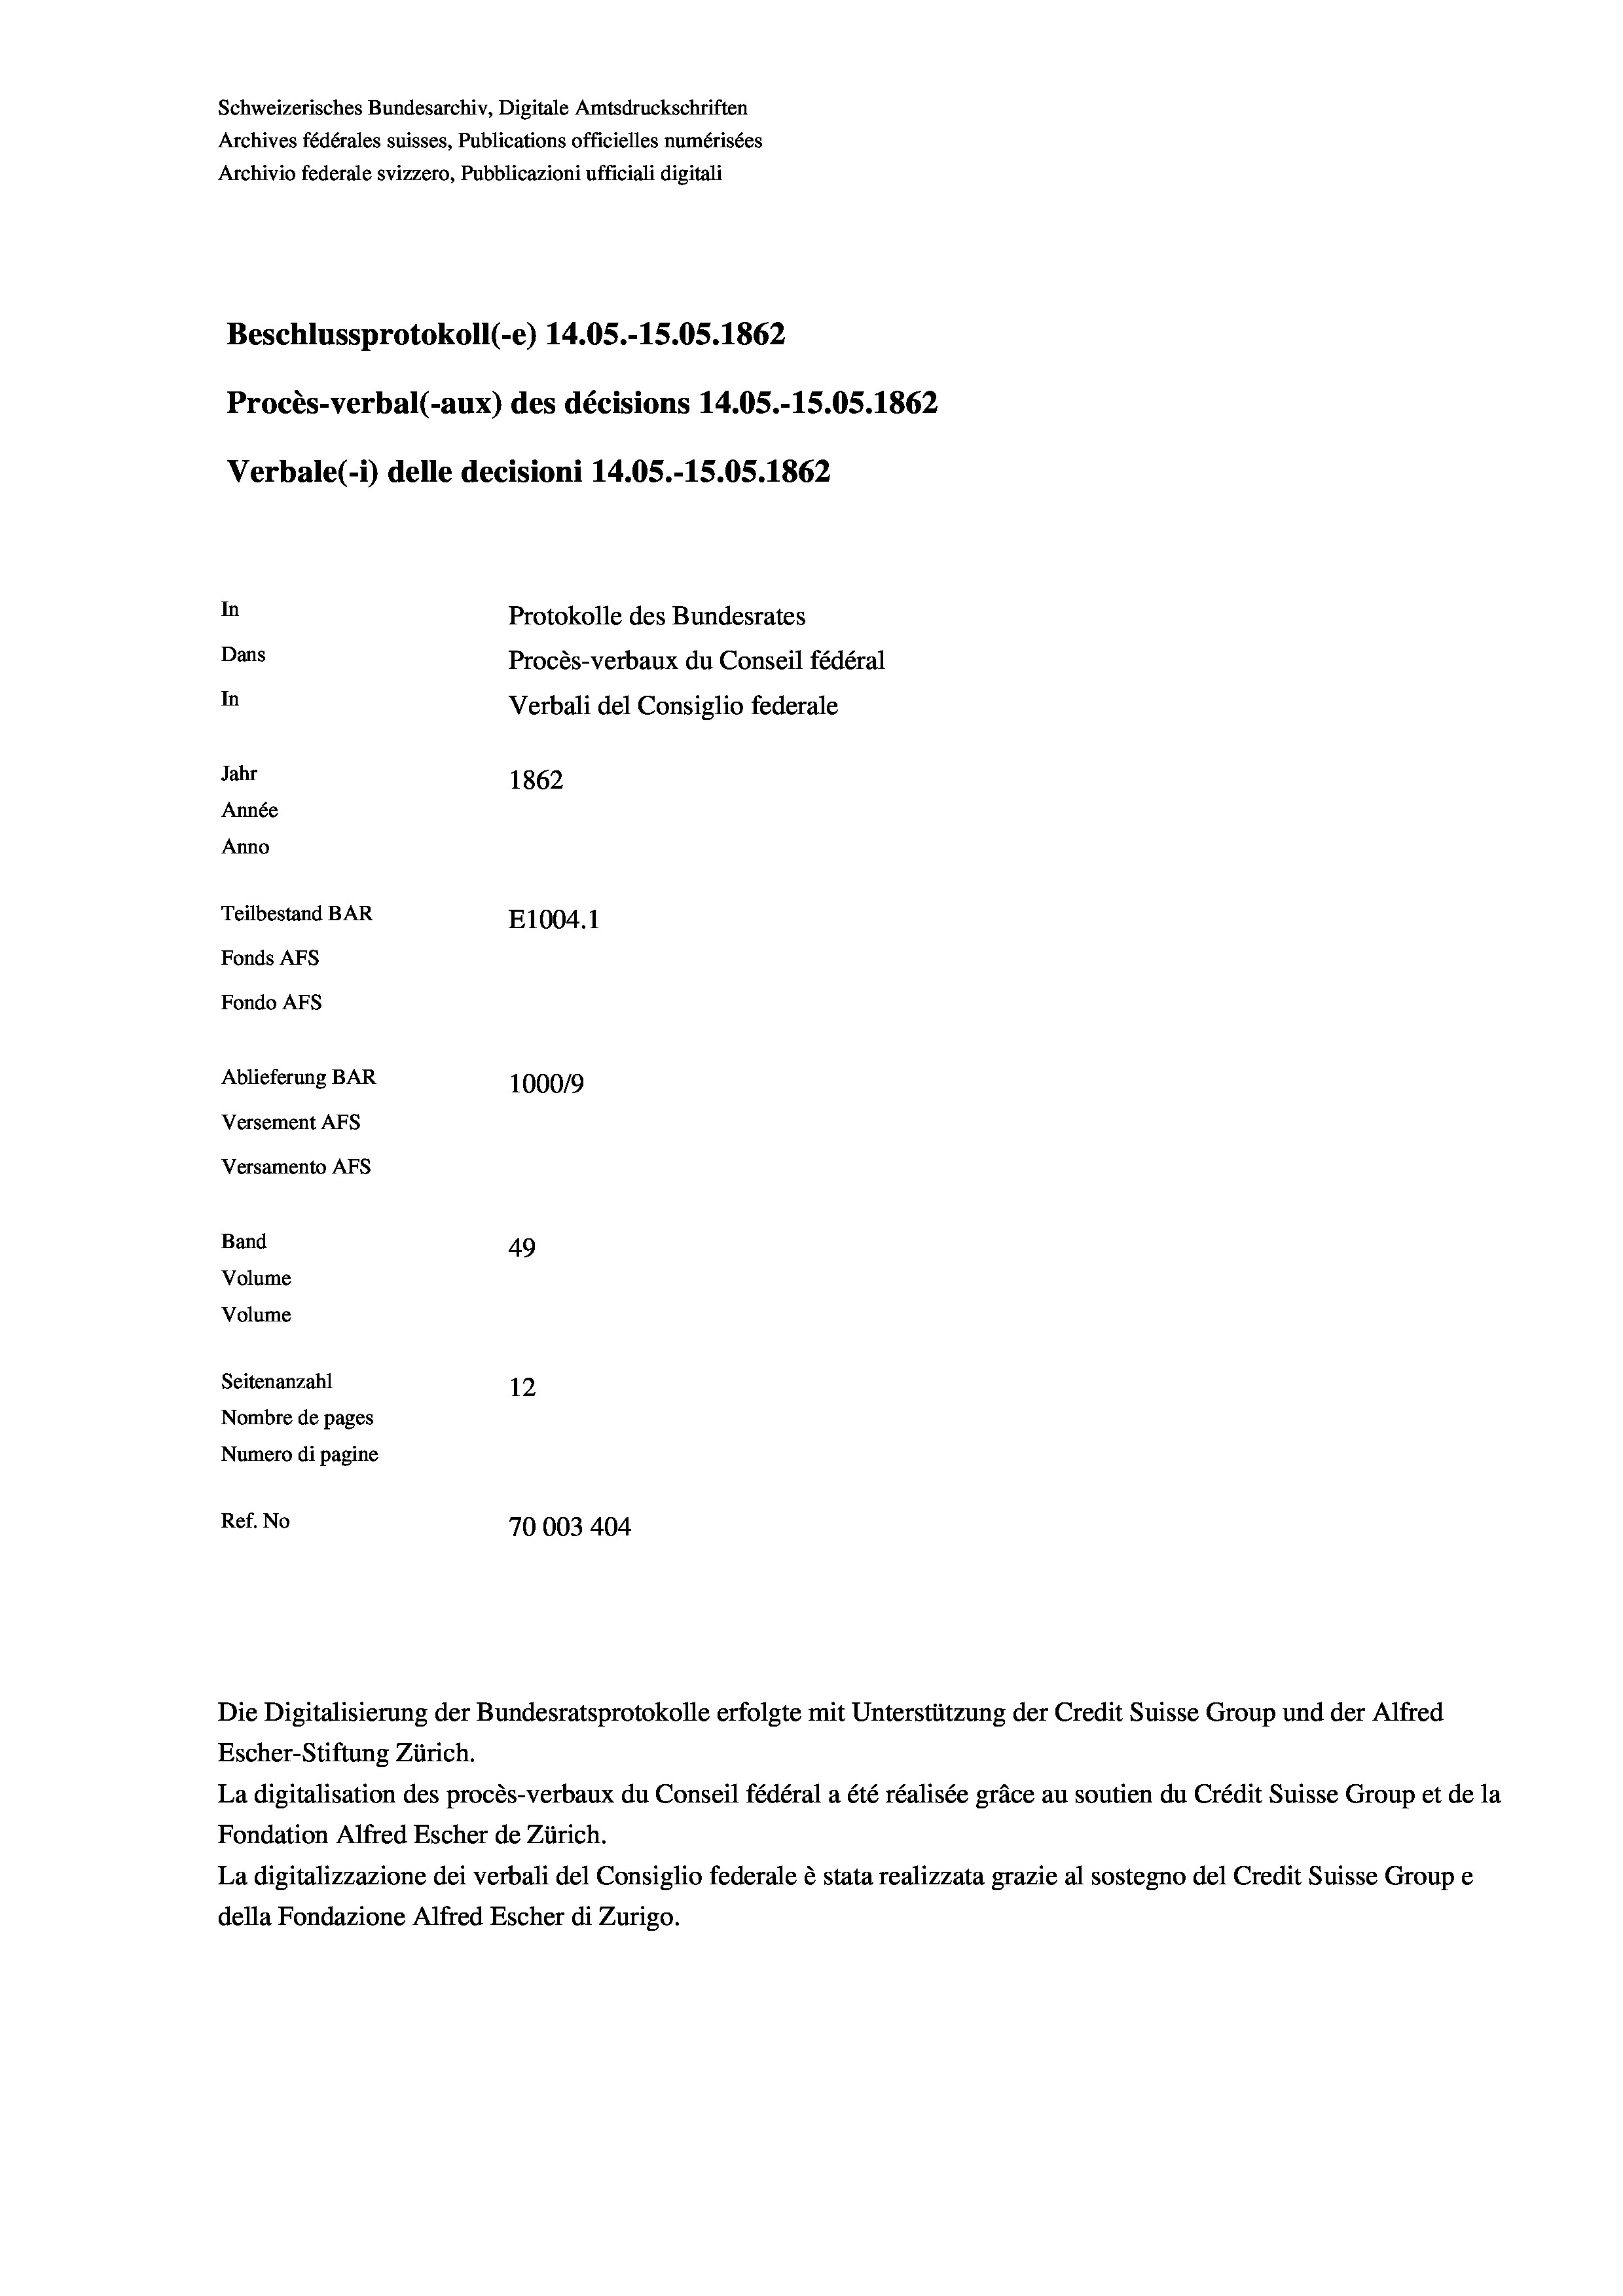
Schweizerisches Bundesarchiv, Digitale Amtsdruckschriften
Archives fédérales suisses, Publications officielles numérisées
Archivio federale svizzero, Pubblicazioni ufficiali digitali
Beschlussprotokoll (-e) 14.05.-15.05. 1862
Procès-verbal (-aux) des décisions 14.05.-15.05. 1862
Verbale (- 1) delle decisioni 14.05.-15.05. 1862
In
Protokolle des Bundesrates
Dans
Procès-verbaux du Conseil fédéral
In
Verbali del Consiglio federale
Jahr
1862
Année
Anno
Teilbestand BAR
E1004. 1
Fonds Afs
Fondo Afs
Ablieferung BAR
100019
Versement AFs
Versamento AFS

49
Seitenanzahl
12
Nombre de pages
Numero di pagine
Ref. No
70003 404

Band
Volume
Volume

Escher-Stiftung Zürich.
La digitalisation des procès-verbaux du Conseil fédéral a été réalisée gräce au soutien du Crédit Suisse Group et de la
Fondation Alfred Escher de Zürich.
La digitalizzazione dei verbali del Consiglio federale è stata realizzata grazie al sostegno del Credit Suisse Groupe
della Fondazione Alfred Escher di Zurigo.

Die Digitalisierung der Bundesratsprotokolle erfolgte mit Unterstützung der Credit Suisse Group und der Alfred